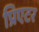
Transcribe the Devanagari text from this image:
प्रिएटर